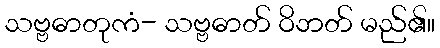
သဗ္ဗဓာတုကံ- သဗ္ဗဓာတ် ဝိဘတ် မည်၏။